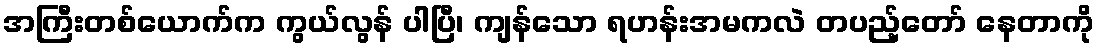
အကြီးတစ်ယောက်က ကွယ်လွန် ပါပြီ၊ ကျန်သော ရဟန်းအမကလဲ တပည့်တော် နေတာကို